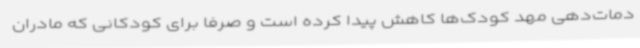
دمات‌دهی مهد کودک‌ها کاهش پیدا کرده است و صرفا برای کودکانی که مادران